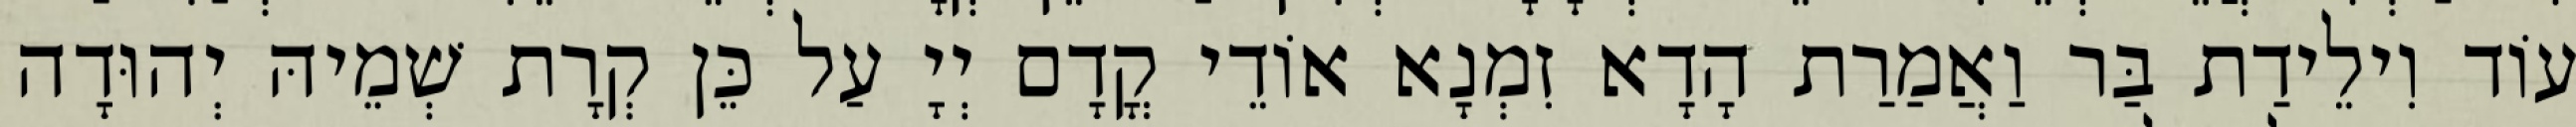
עוֹד וִילֵידַת בַּר וַאֲמַרַת הָדָא זִמְנָא אוֹדֵי קֳדָם יְיָ עַל כֵּן קְרָת שְׁמֵיהּ יְהוּדָה